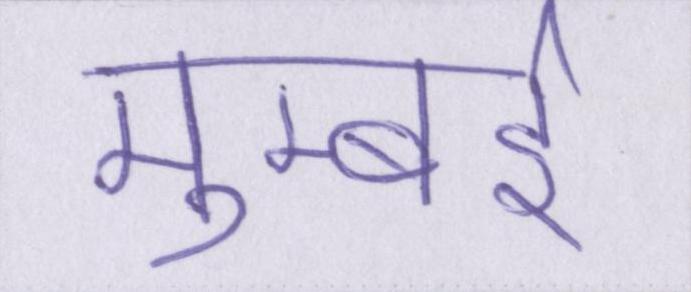
मुम्बई